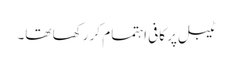
ٹیبل پر کافی اہتمام کر رکھا تھا۔